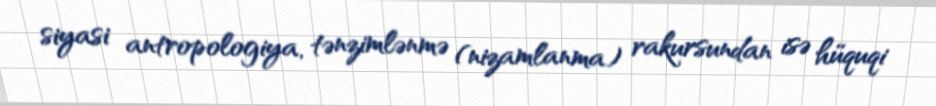
siyasi antropologiya, tənzimlənmə (nizamlanma) rakursundan isə hüquqi